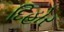
દિહોર